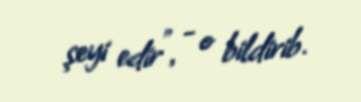
şeyi edir”, - o bildirib.